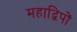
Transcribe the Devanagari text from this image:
महाद्विपों